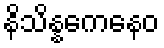
နိသိန္နကေနေဝ